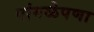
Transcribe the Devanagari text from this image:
पांगळेपणा